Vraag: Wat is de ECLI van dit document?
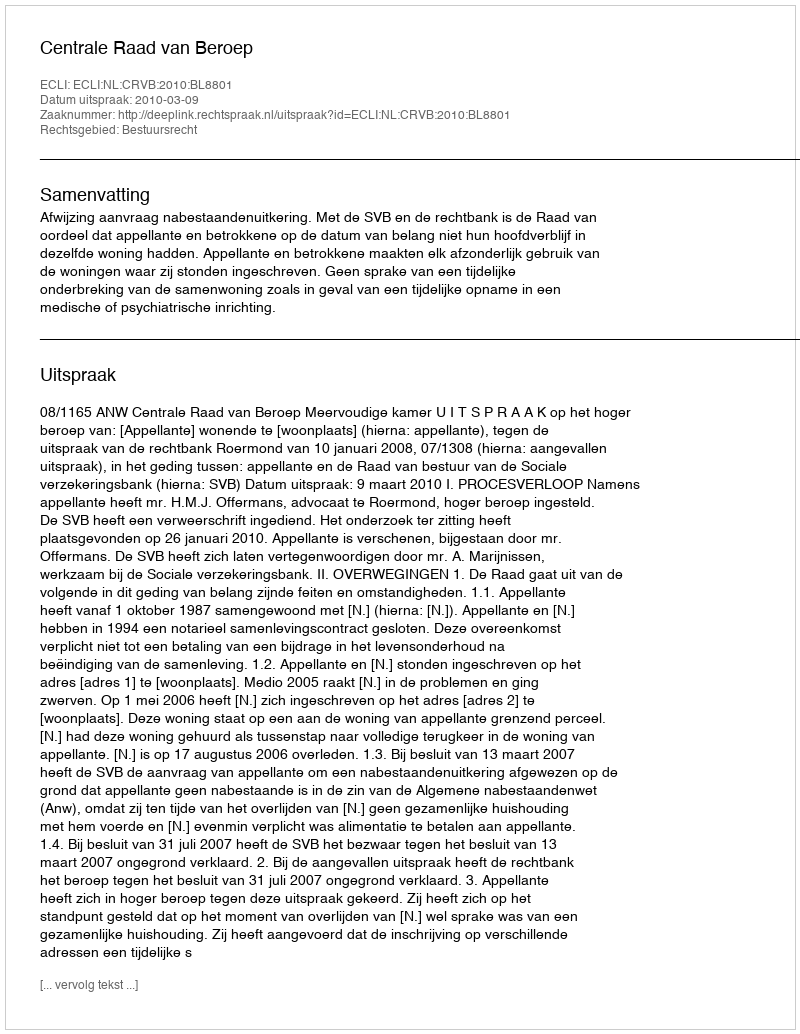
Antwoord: ECLI:NL:CRVB:2010:BL8801